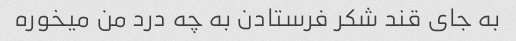
به جای قند شکر فرستادن به چه درد من میخوره